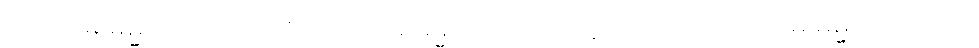
ကတမေ ဓမ္မာ ကုသလာတိ၊ ကတမေ ဓမ္မာ ကုသလာဟူသော။ ဝါ၊ ကတမေ ဓမ္မာ ကုသလာ